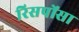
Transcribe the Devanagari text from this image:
रिसपोंसा